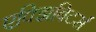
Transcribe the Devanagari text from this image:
एक्झिबिटर्स